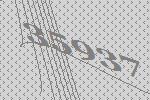
35937